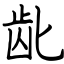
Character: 龀